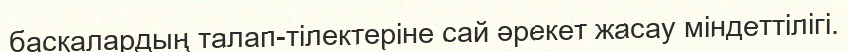
басқалардың талап-тілектеріне сай әрекет жасау міндеттілігі.